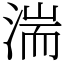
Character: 湍